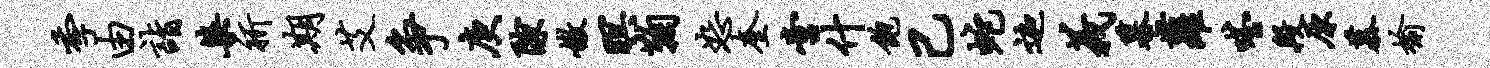
季由诣染祈期艾争庚隙嫩暝鞠恕奎啻什饱己蛇迦义幕萝嗒段原慕榆